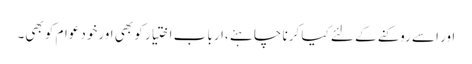
اور اسے روکنے کے لئے کیا کرنا چاہئے ،ارباب اختیار کو بھی اورخود عوام کو بھی۔